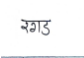
मजकूर: रगड